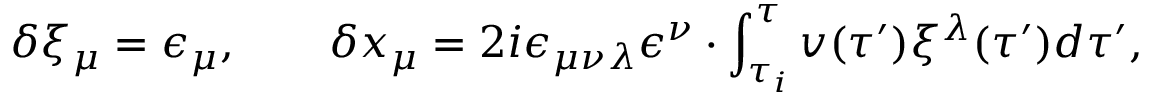
\delta \xi _ { \mu } = \epsilon _ { \mu } , \qquad \delta x _ { \mu } = 2 i \epsilon _ { \mu \nu \lambda } \epsilon ^ { \nu } \cdot \int _ { \tau _ { i } } ^ { \tau } v ( \tau ^ { \prime } ) \xi ^ { \lambda } ( \tau ^ { \prime } ) d \tau ^ { \prime } ,